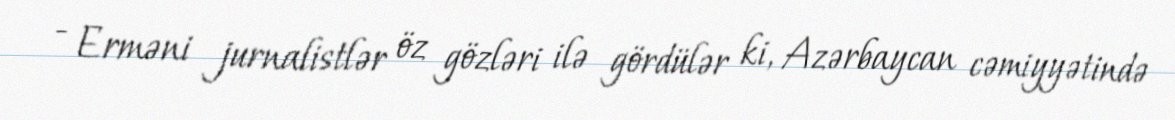
- Erməni jurnalistlər öz gözləri ilə gördülər ki, Azərbaycan cəmiyyətində